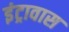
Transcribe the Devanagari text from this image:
इंट्रावास